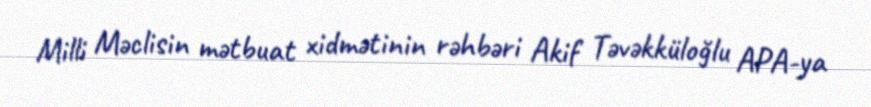
Milli Məclisin mətbuat xidmətinin rəhbəri Akif Təvəkküloğlu APA-ya